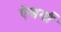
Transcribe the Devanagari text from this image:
ऎश्वर्या